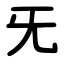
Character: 旡